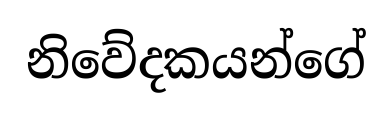
නිවේදකයන්ගේ